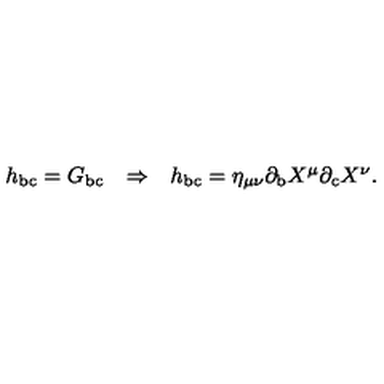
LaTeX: \begin{array} { c c c } { h _ { \mathrm { b c } } = G _ { \mathrm { b c } } } & { \Rightarrow } & { h _ { \mathrm { b c } } = \eta _ { \mu \nu } \partial _ { \mathrm { b } } X ^ { \mu } \partial _ { \mathrm { c } } X ^ { \nu } . } \\ \end{array}